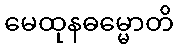
မေထုနဓမ္မောတိ